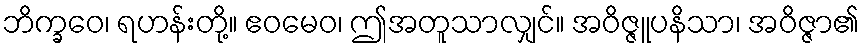
ဘိက္ခဝေ၊ ရဟန်းတို့။ ဧဝမေဝ၊ ဤအတူသာလျှင်။ အဝိဇ္ဇူပနိသာ၊ အဝိဇ္ဇာ၏